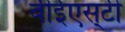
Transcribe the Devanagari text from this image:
बीईएस्‌टी